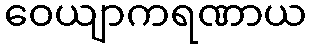
ဝေယျာကရဏာယ